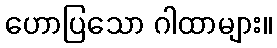
ဟောပြသော ဂါထာများ။